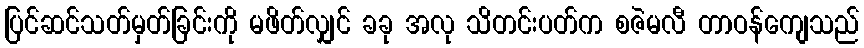
ပြင်ဆင်သတ်မှတ်ခြင်းကို မဖိတ်လျှင် ခခု အလု သိတင်းပတ်က စဇဲမလီ တာဝန်ကျေသည်